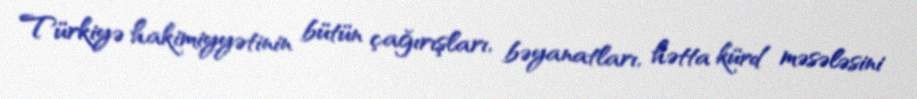
Türkiyə hakimiyyətinin bütün çağırışları, bəyanatları, hətta kürd məsələsini